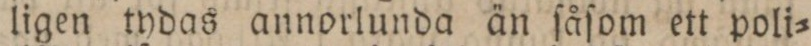
ligen tydas annorlunda än ſåſom ett poli=